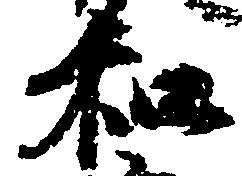
和